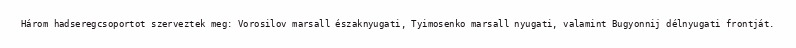
Három hadseregcsoportot szerveztek meg: Vorosilov marsall északnyugati, Tyimosenko marsall nyugati, valamint Bugyonnij délnyugati frontját.